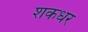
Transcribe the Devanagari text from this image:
शकधर